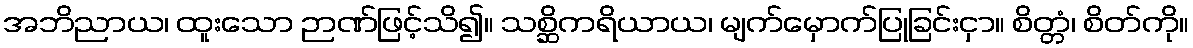
အဘိညာယ၊ ထူးသော ဉာဏ်ဖြင့်သိ၍။ သစ္ဆိကရိယာယ၊ မျက်မှောက်ပြုခြင်းငှာ။ စိတ္တံ၊ စိတ်ကို။